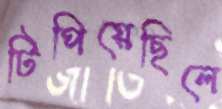
টিপিয়েছিলে